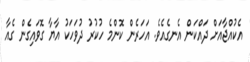
އެކުއްޖާއަށް ދައްކަން އެނގެއެވެ. އަހަރެން ކޮންމެ ހުކުރު ދުވަހަކު އާޔާ ގޮވައިގެން ގެއާ